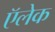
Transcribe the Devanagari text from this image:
ऍलेक